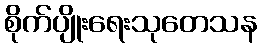
စိုက်ပျိုးရေးသုတေသန